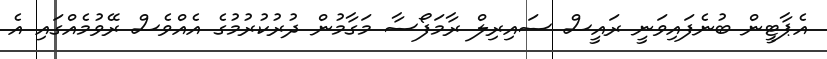
އެޕާޓީން ބުނެފައިވަނީ ރައީސް ސައިރިލް ރާމަފޯސާ މަގާމުން ދުރުކުރުމުގެ އެއްވެސް ރޭވުމެއްގައި އެ